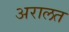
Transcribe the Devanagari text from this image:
अरालत